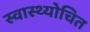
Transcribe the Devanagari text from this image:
स्वास्थ्योचित